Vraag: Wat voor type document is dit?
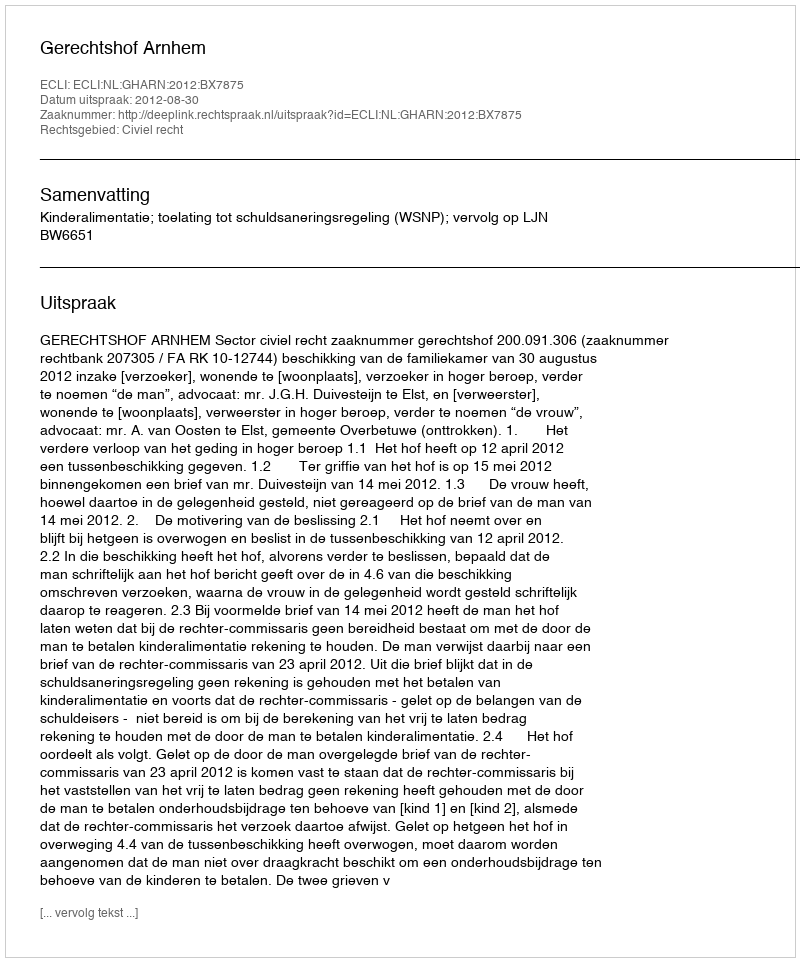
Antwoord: Uitspraak